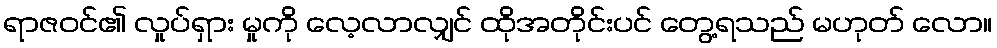
ရာဇဝင်၏ လှုပ်ရှား မှုကို လေ့လာလျှင် ထိုအတိုင်းပင် တွေ့ရသည် မဟုတ် လော။